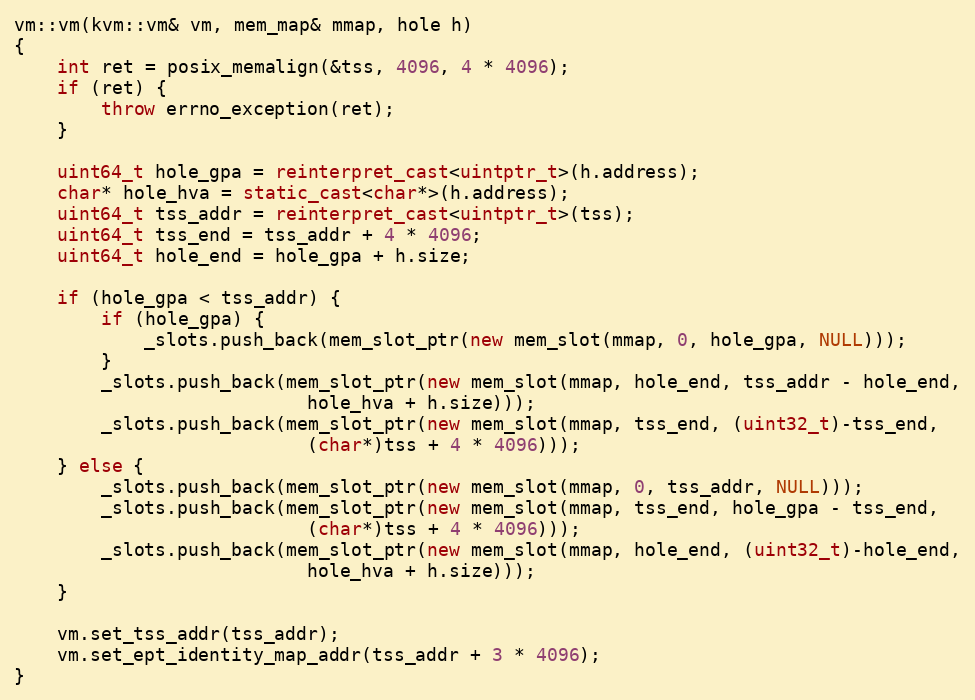
Language: C++
vm::vm(kvm::vm& vm, mem_map& mmap, hole h)
{
    int ret = posix_memalign(&tss, 4096, 4 * 4096);
    if (ret) {
        throw errno_exception(ret);
    }

    uint64_t hole_gpa = reinterpret_cast<uintptr_t>(h.address);
    char* hole_hva = static_cast<char*>(h.address);
    uint64_t tss_addr = reinterpret_cast<uintptr_t>(tss);
    uint64_t tss_end = tss_addr + 4 * 4096;
    uint64_t hole_end = hole_gpa + h.size;

    if (hole_gpa < tss_addr) {
        if (hole_gpa) {
            _slots.push_back(mem_slot_ptr(new mem_slot(mmap, 0, hole_gpa, NULL)));
        }
        _slots.push_back(mem_slot_ptr(new mem_slot(mmap, hole_end, tss_addr - hole_end,
						   hole_hva + h.size)));
        _slots.push_back(mem_slot_ptr(new mem_slot(mmap, tss_end, (uint32_t)-tss_end,
						   (char*)tss + 4 * 4096)));
    } else {
        _slots.push_back(mem_slot_ptr(new mem_slot(mmap, 0, tss_addr, NULL)));
        _slots.push_back(mem_slot_ptr(new mem_slot(mmap, tss_end, hole_gpa - tss_end,
						   (char*)tss + 4 * 4096)));
        _slots.push_back(mem_slot_ptr(new mem_slot(mmap, hole_end, (uint32_t)-hole_end,
						   hole_hva + h.size)));
    }

    vm.set_tss_addr(tss_addr);
    vm.set_ept_identity_map_addr(tss_addr + 3 * 4096);
}